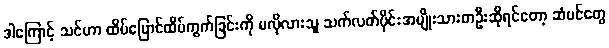
ဒါကြောင့် သင်ဟာ ထိပ်ပြောင်ထိပ်ကွက်ခြင်းကို မလိုလားသူ သက်လတ်ပိုင်းအမျိုးသားတဦးဆိုရင်တော့ ဆံပင်တွေ